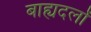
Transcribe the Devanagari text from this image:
बाह्यदलों